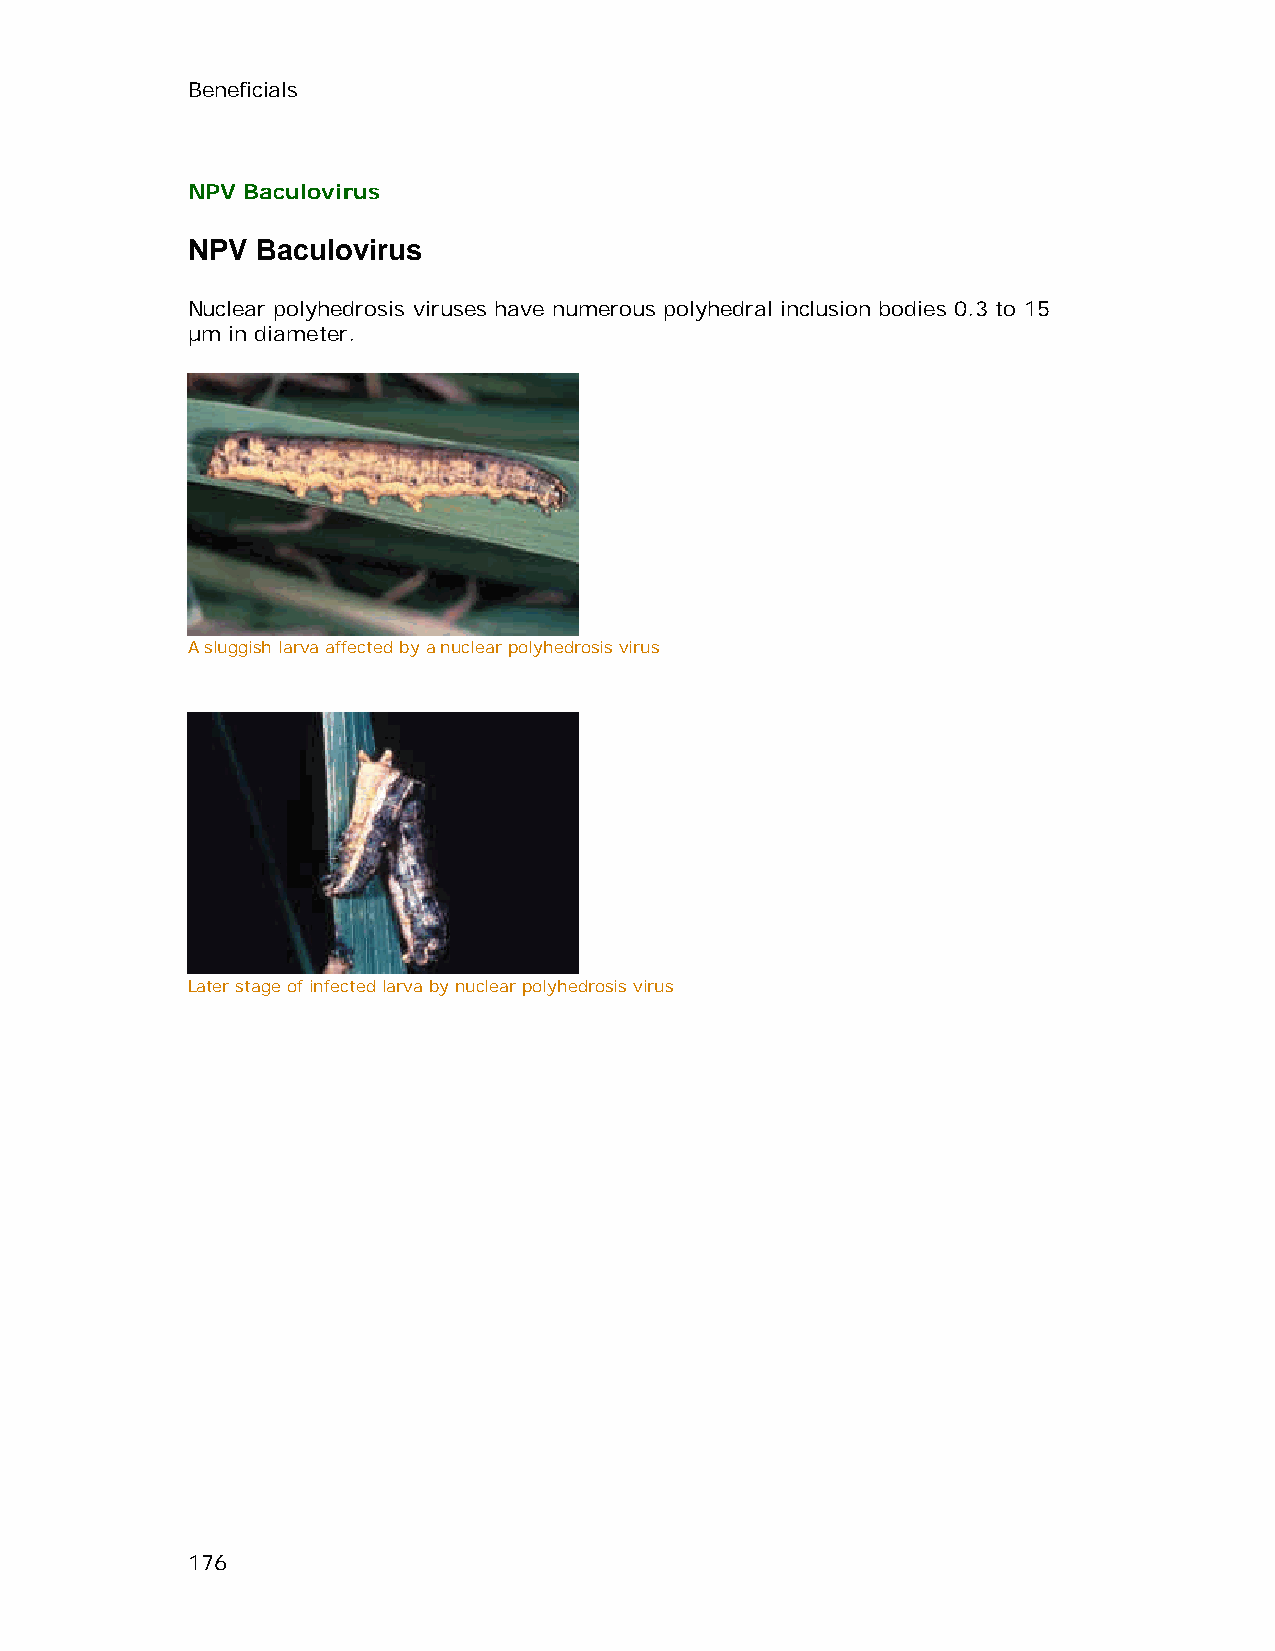
Beneficials
 NPV Baculovirus
 NPV  Baculovirus
 Nuclear polyhedrosis viruses have numerous polyhedral inclusion bodies 0.3 to 15
 µm in diameter.
 A sluggish larva affected by a nuclear polyhedrosis virus
 Later stage of infected larva by nuclear polyhedrosis virus
 176